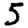
Digit: 5